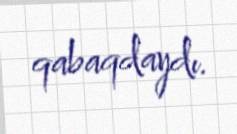
qabaqdaydı.